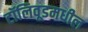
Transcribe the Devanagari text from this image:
टॉलिवूडमधील